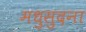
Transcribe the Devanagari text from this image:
मधुसुदना